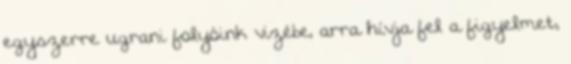
egyszerre ugrani folyóink vizébe, arra hívja fel a figyelmet,